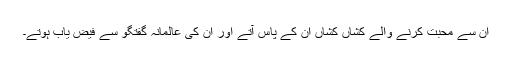
ان سے محبت کرنے والے کشاں کشاں ان کے پاس آتے اور ان کی عالمانہ گفتگو سے فیض یاب ہوتے۔